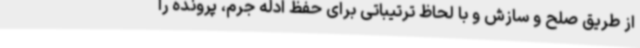
از طریق صلح و سازش و با لحاظ ترتیباتی برای حفظ ادله جرم، پرونده را